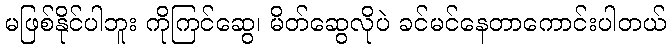
မဖြစ်နိုင်ပါဘူး ကိုကြင်ဆွေ၊ မိတ်ဆွေလိုပဲ ခင်မင်နေတာကောင်းပါတယ်